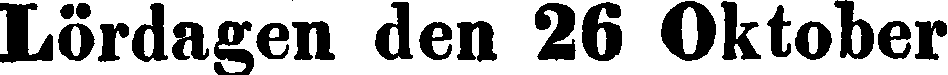
Lördagen den 26 Oktober